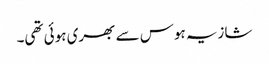
شازیہ ہوس سے بھری ہوئی تھی۔